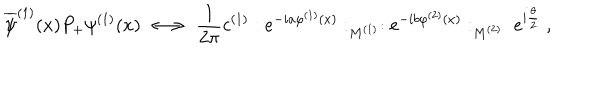
\overline { { { \psi } } } ^ { ( 1 ) } ( x ) P _ { + } \psi ^ { ( 1 ) } ( x ) \; \longleftrightarrow \; \frac { 1 } { 2 \pi } c ^ { ( 1 ) } : e ^ { - i a \varphi ^ { ( 1 ) } ( x ) } : _ { M ^ { ( 1 ) } } : e ^ { - i b \varphi ^ { ( 2 ) } ( x ) } : _ { M ^ { ( 2 ) } } \; e ^ { i \frac { \theta } { 2 } } \; ,